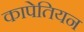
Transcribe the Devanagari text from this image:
कापेतियन